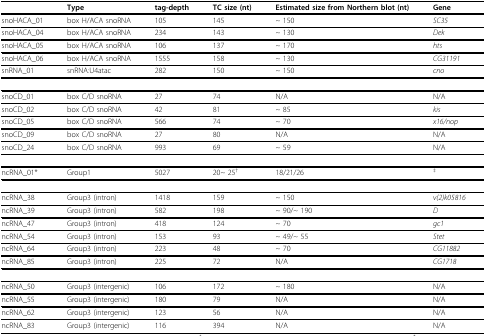
|  | Type | tag-depth | TC size (nt) | Estimated size from Northern blot (nt) | Gene |
 | --- | --- | --- | --- | --- | --- |
 | snoHACA_01 | box H/ACA snoRNA | 105 | 145 | ~ 150 | SC35 |
 | snoHACA_04 | box H/ACA snoRNA | 234 | 143 | ~ 130 | Dek |
 | snoHACA_05 | box H/ACA snoRNA | 106 | 137 | ~ 170 | hts |
 | snoHACA_06 | box H/ACA snoRNA | 1555 | 158 | ~ 130 | CG31191 |
 | snRNA_01 | snRNA:U4atac | 282 | 150 | ~ 150 | cno |
 | snoCD_01 | box C/D snoRNA | 27 | 74 | N/A | N/A |
 | snoCD_02 | box C/D snoRNA | 42 | 81 | ~ 85 | kis |
 | snoCD_05 | box C/D snoRNA | 566 | 74 | ~ 70 | x16/nop |
 | snoCD_09 | box C/D snoRNA | 27 | 80 | N/A | N/A |
 | snoCD_24 | box C/D snoRNA | 993 | 69 | ~ 59 | N/A |
 | ncRNA_01* | Group1 | 5027 | 20~ 25† | 18/21/26 | ‡ |
 | ncRNA_38 | Group3 (intron) | 1418 | 159 | ~ 150 | v(2)k05816 |
 | ncRNA_39 | Group3 (intron) | 582 | 198 | ~ 90/~ 190 | D |
 | ncRNA_47 | Group3 (intron) | 418 | 124 | ~ 70 | gc1 |
 | ncRNA_54 | Group3 (intron) | 153 | 93 | ~ 49/~ 55 | Stet |
 | ncRNA_64 | Group3 (intron) | 223 | 48 | ~ 70 | CG11882 |
 | ncRNA_85 | Group3 (intron) | 225 | 72 | N/A | CG1718 |
 | ncRNA_50 | Group3 (intergenic) | 106 | 172 | ~ 180 | N/A |
 | ncRNA_55 | Group3 (intergenic) | 180 | 79 | N/A | N/A |
 | ncRNA_62 | Group3 (intergenic) | 123 | 56 | N/A | N/A |
 | ncRNA_83 | Group3 (intergenic) | 116 | 394 | N/A | N/A |